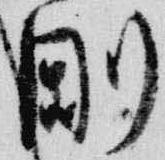
剛